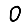
Digit: 0